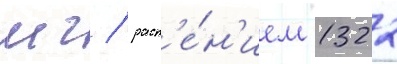
мг / раст'е́н'ием 1322